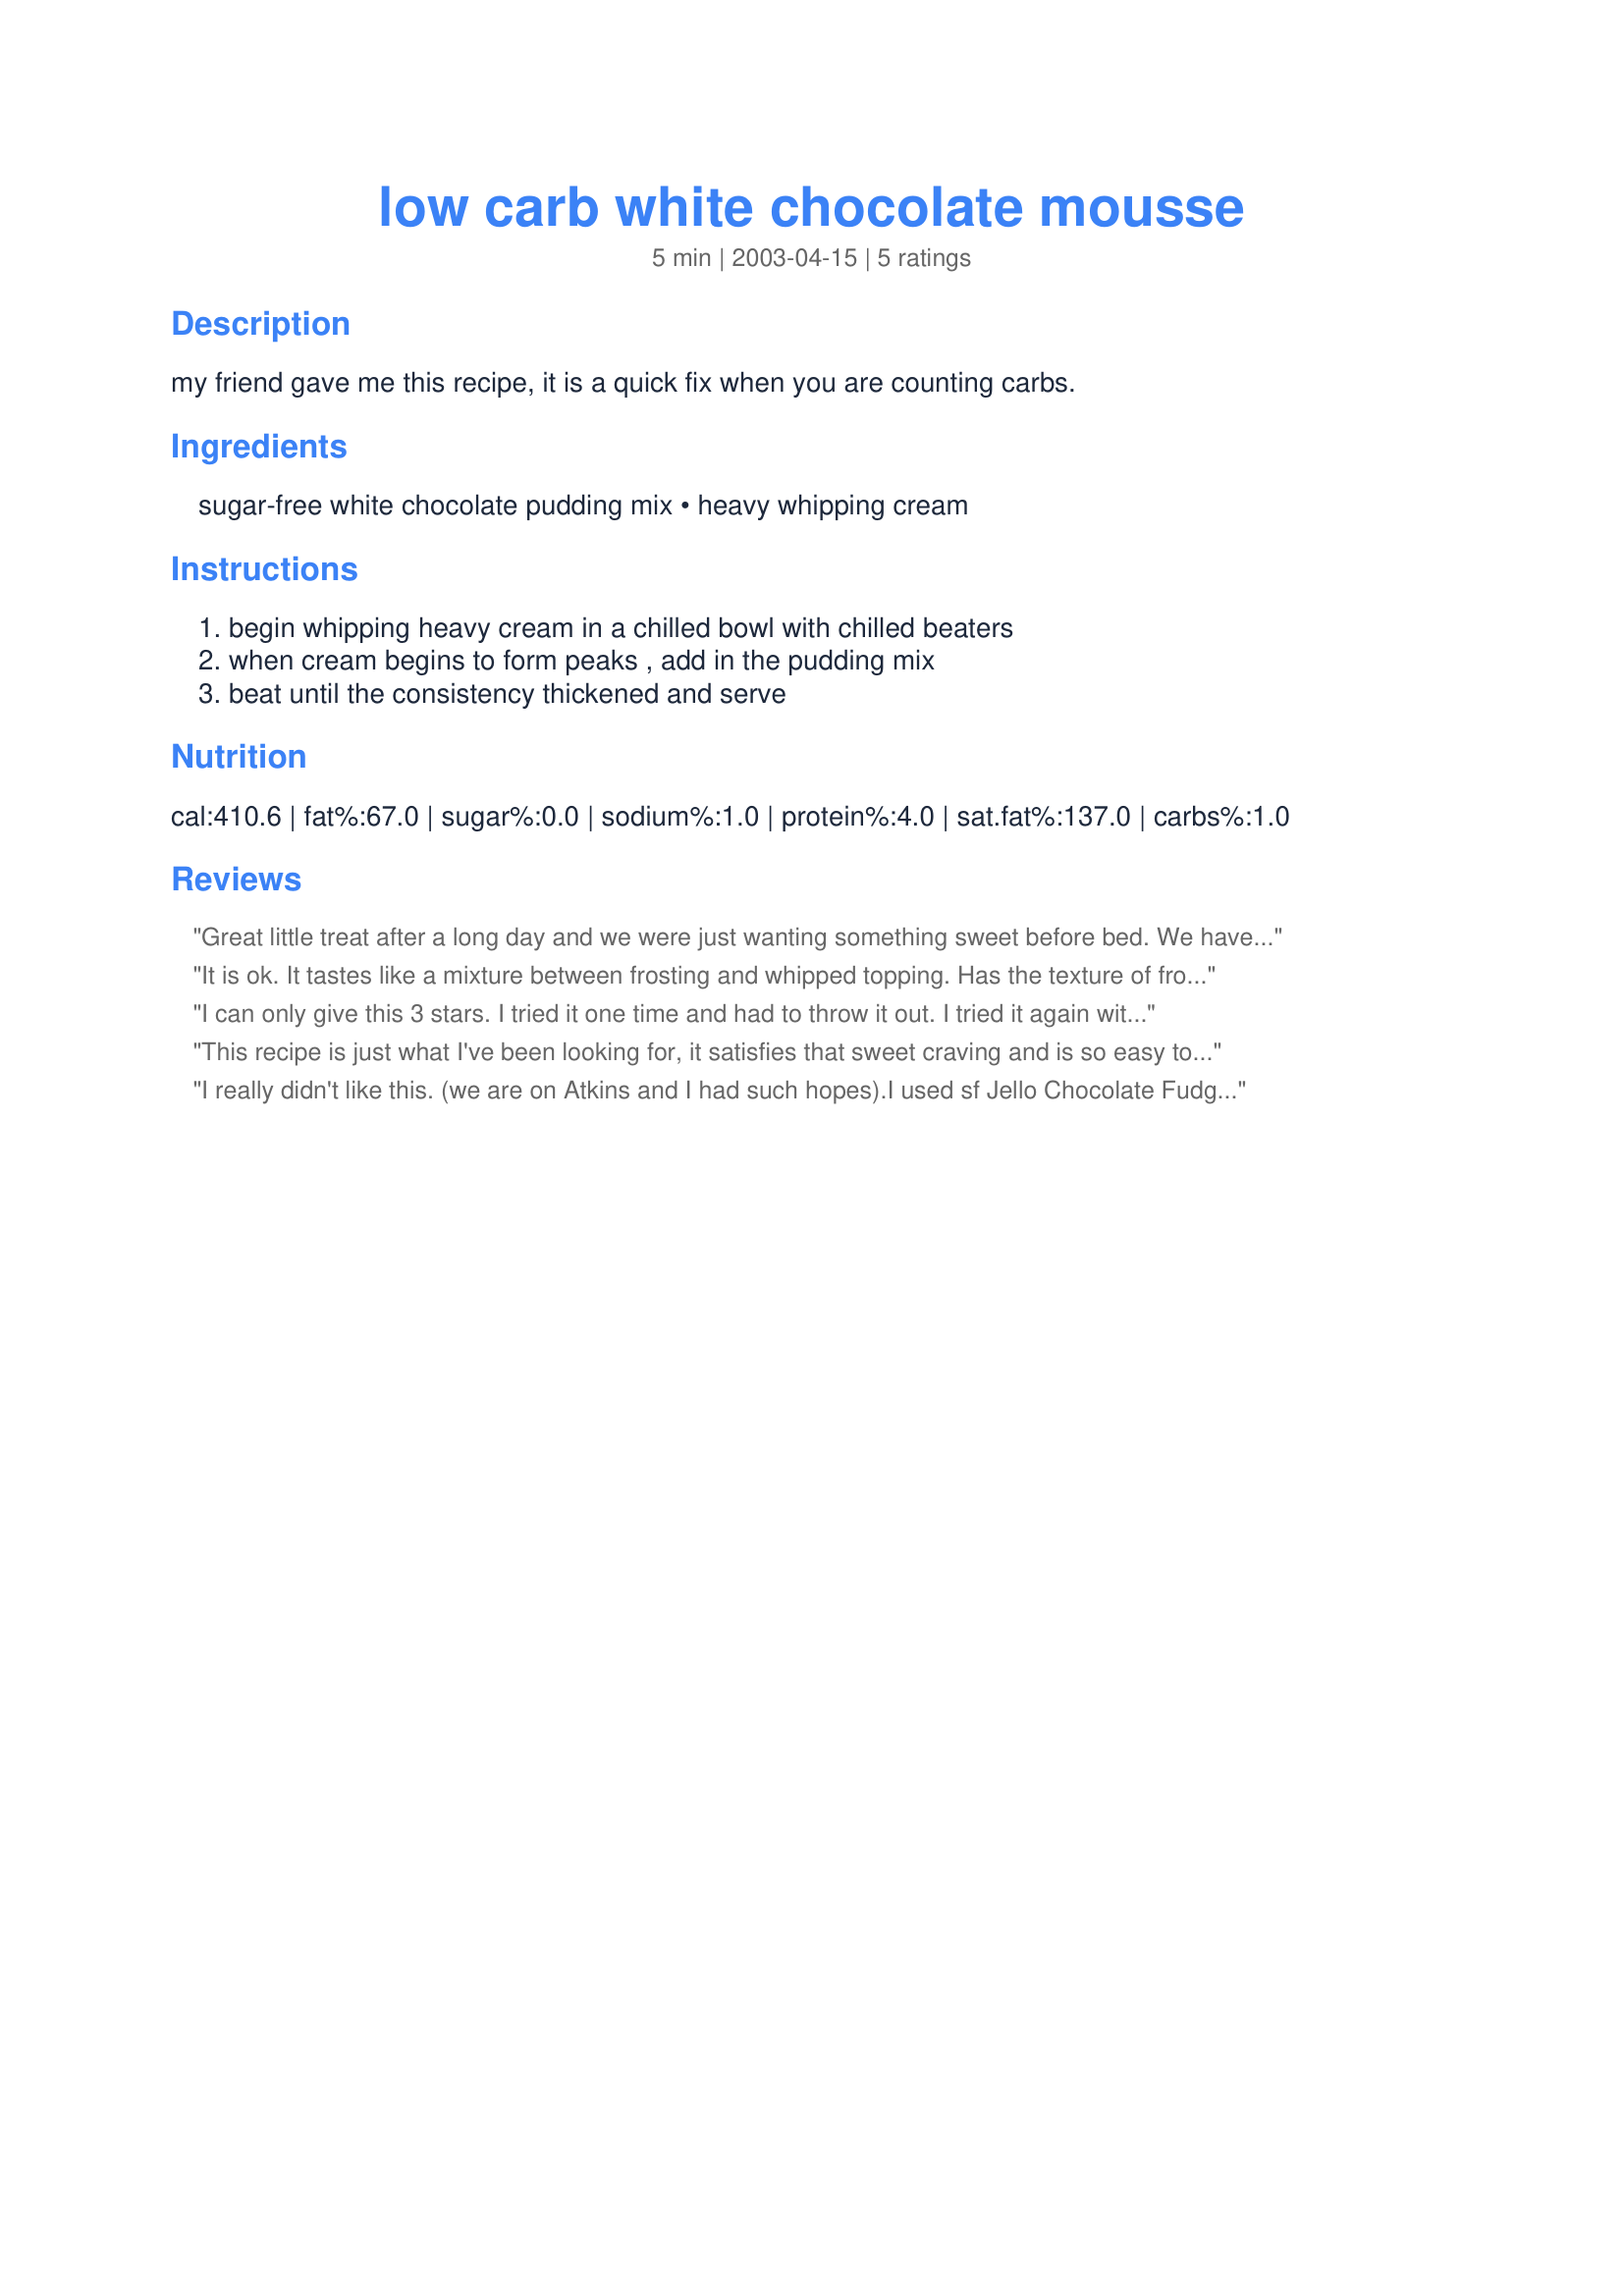
low carb white chocolate mousse
Preparation time: 5 minutes

my friend gave me this recipe, it is a quick fix when you are counting carbs.

Ingredients:
sugar-free white chocolate pudding mix, heavy whipping cream

Steps:
begin whipping heavy cream in a chilled bowl with chilled beaters, when cream begins to form peaks , add in the pudding mix, beat until the consistency thickened and serve

Reviews:
Great little treat after a long day and we were just wanting something sweet before bed. We have made this several times now and just love it. Easy to prepare and I think it would be great in a pie!!
It is ok. It tastes like a mixture between frosting and whipped topping. Has the texture of frosting and taste of whipped topping. (Making it a GREAT replacement). Don't think I would want to eat that much of it straight.
I can only give this 3 stars. I tried it one time and had to throw it out. I tried it again with a cream cheese sugar free version and it was ok. It felt like something was missing. I had a bite w/ a graham cracker and it was real good. Since I can't have those, I thought berries would be great on it. It turned out better with the berries so I didn't have to throw it out for a second and last time. I think that would be a good sub instead of whip cream.
This recipe is just what I've been looking for, it satisfies that sweet craving and is so easy to prepare and best of all you can eat it right away, no waiting for it to set up. I have made this recipe several times using using other flavors of sugar free pudding, all turned out delicious. Thank You!
I really didn't like this. (we are on Atkins and I had such hopes).I used sf Jello Chocolate Fudge flavor instead of White chocolate (don't like the white chocolate). I will let DH give it a tast before I toss it completely.
